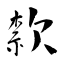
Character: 歀